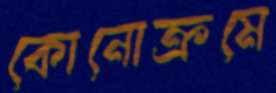
কোনোক্রমে